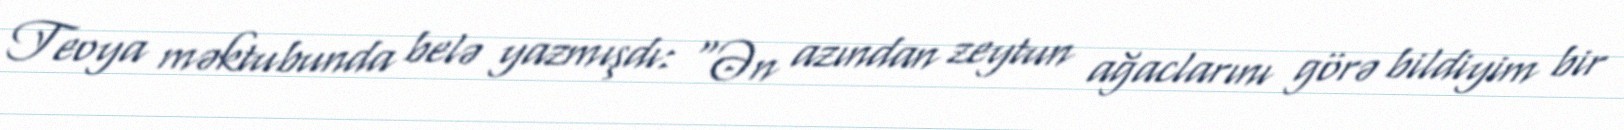
Teoya məktubunda belə yazmışdı: "Ən azından zeytun ağaclarını görə bildiyim bir